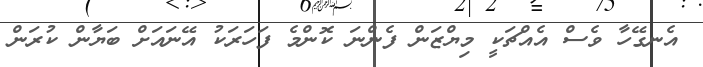
އެނގޭހާ ވެސް އެެއްޗަކީ މިޔްޒަން ފެންނަ ކޮންމެ ފަހަރަކު އޭނައަށް ބަޔާން ކުރަން